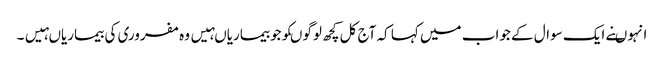
انہوںنے ایک سوال کے جواب میں کہا کہ آج کل کچھ لوگوںکوجوبیماریاںہیں وہ مفروری کی بیماریاںہیں۔